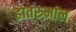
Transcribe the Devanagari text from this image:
हातरुमाल